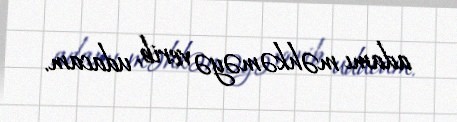
adamı məhkəməyə verib, udacam.